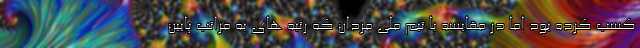
کسب کرده بود اما در مقایسه با تیم ملی مردان که رتبه های به مراتب پایین